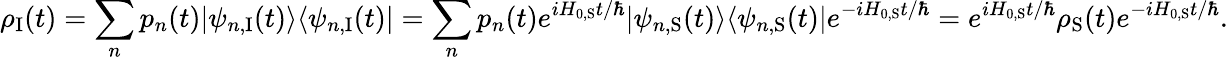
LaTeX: \rho_{\mathrm{I}}(t)=\sum_{n}p_{n}(t)|\psi_{n,{\mathrm{I}}}(t)\rangle\langle\psi_{n,{\mathrm{I}}}(t)|=\sum_{n}p_{n}(t)e^{iH_{0,{\mathrm{S}}}t/\hbar}|\psi_{n,{\mathrm{S}}}(t)\rangle\langle\psi_{n,{\mathrm{S}}}(t)|e^{-iH_{0,{\mathrm{S}}}t/\hbar}=e^{iH_{0,{\mathrm{S}}}t/\hbar}\rho_{\mathrm{S}}(t)e^{-iH_{0,{\mathrm{S}}}t/\hbar}.